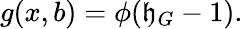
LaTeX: g(x,b)=\phi(\mathfrak{h}_{G}-1).